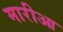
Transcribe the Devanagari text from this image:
मारीआ